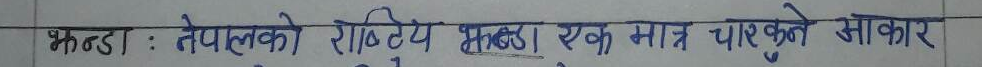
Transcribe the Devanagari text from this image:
भन्ड : नेपालको राष्ट्रिय झन्डा एक मात्र पाचकुने आकार